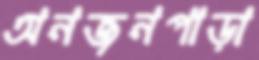
অনজনপাড়া